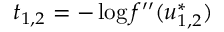
t _ { 1 , 2 } = - \log f ^ { \prime \prime } ( u _ { 1 , 2 } ^ { * } )